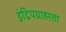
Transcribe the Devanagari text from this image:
इंद्रियग्राह्मता